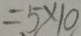
= 5 \times 1 0